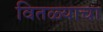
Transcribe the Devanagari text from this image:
वितळ्याचा